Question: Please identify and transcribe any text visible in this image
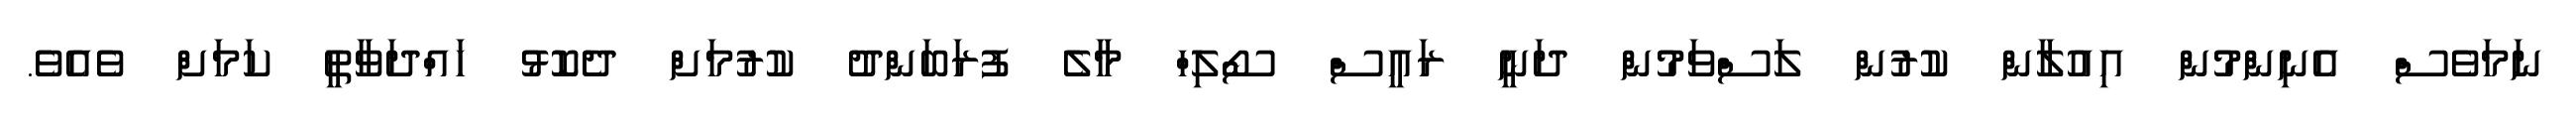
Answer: ނަމަވެސް އެނިންމުން އިއުލާން ކުރުން ލަސްވަމުން ދަނީ ރައީސް ސޯލިހް މާލެ ފުރަބަންދު ކުރުމަށް ދެކޮޅު ހައްދަވާތީ ކަމަށް ވެއެވެ.